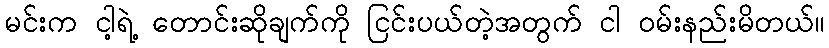
မင်းက ငါ့ရဲ့ တောင်းဆိုချက်ကို ငြင်းပယ်တဲ့အတွက် ငါ ဝမ်းနည်းမိတယ်။